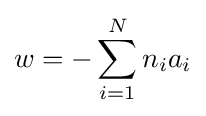
w=-\sum _{i=1}^{N}n_{i}a_{i}